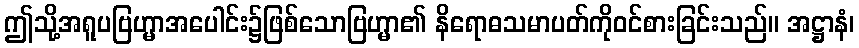
ဤသို့အရူပဗြဟ္မာအပေါင်း၌ဖြစ်သောဗြဟ္မာ၏ နိရောဓသမာပတ်ကိုဝင်စားခြင်းသည်။ အဋ္ဌာနံ၊